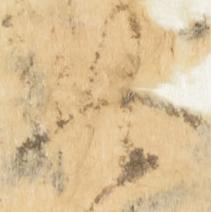
此